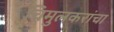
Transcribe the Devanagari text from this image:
चिमुलकरांचा